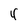
Character: 4